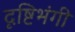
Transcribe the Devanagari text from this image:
दृष्टिभंगी